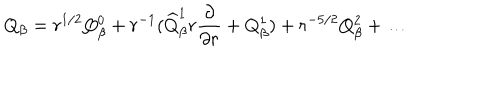
LaTeX: Q _ { \beta } = r ^ { 1 / 2 } Q _ { \beta } ^ { 0 } + r ^ { - 1 } ( \widehat { Q } _ { \beta } ^ { 1 } r \frac { \partial } { \partial r } + Q _ { \beta } ^ { 1 } ) + r ^ { - 5 / 2 } Q _ { \beta } ^ { 2 } + \ldots